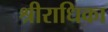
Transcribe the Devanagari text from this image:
श्रीराधिका